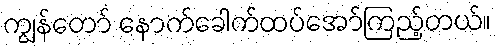
ကျွန်တော် နောက်ခေါက်ထပ်အော်ကြည့်တယ်။